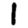
Digit: 1